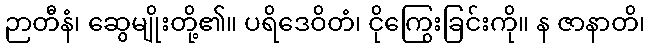
ဉာတီနံ၊ ဆွေမျိုးတို့၏။ ပရိဒေဝိတံ၊ ငိုကြွေးခြင်းကို။ န ဇာနာတိ၊